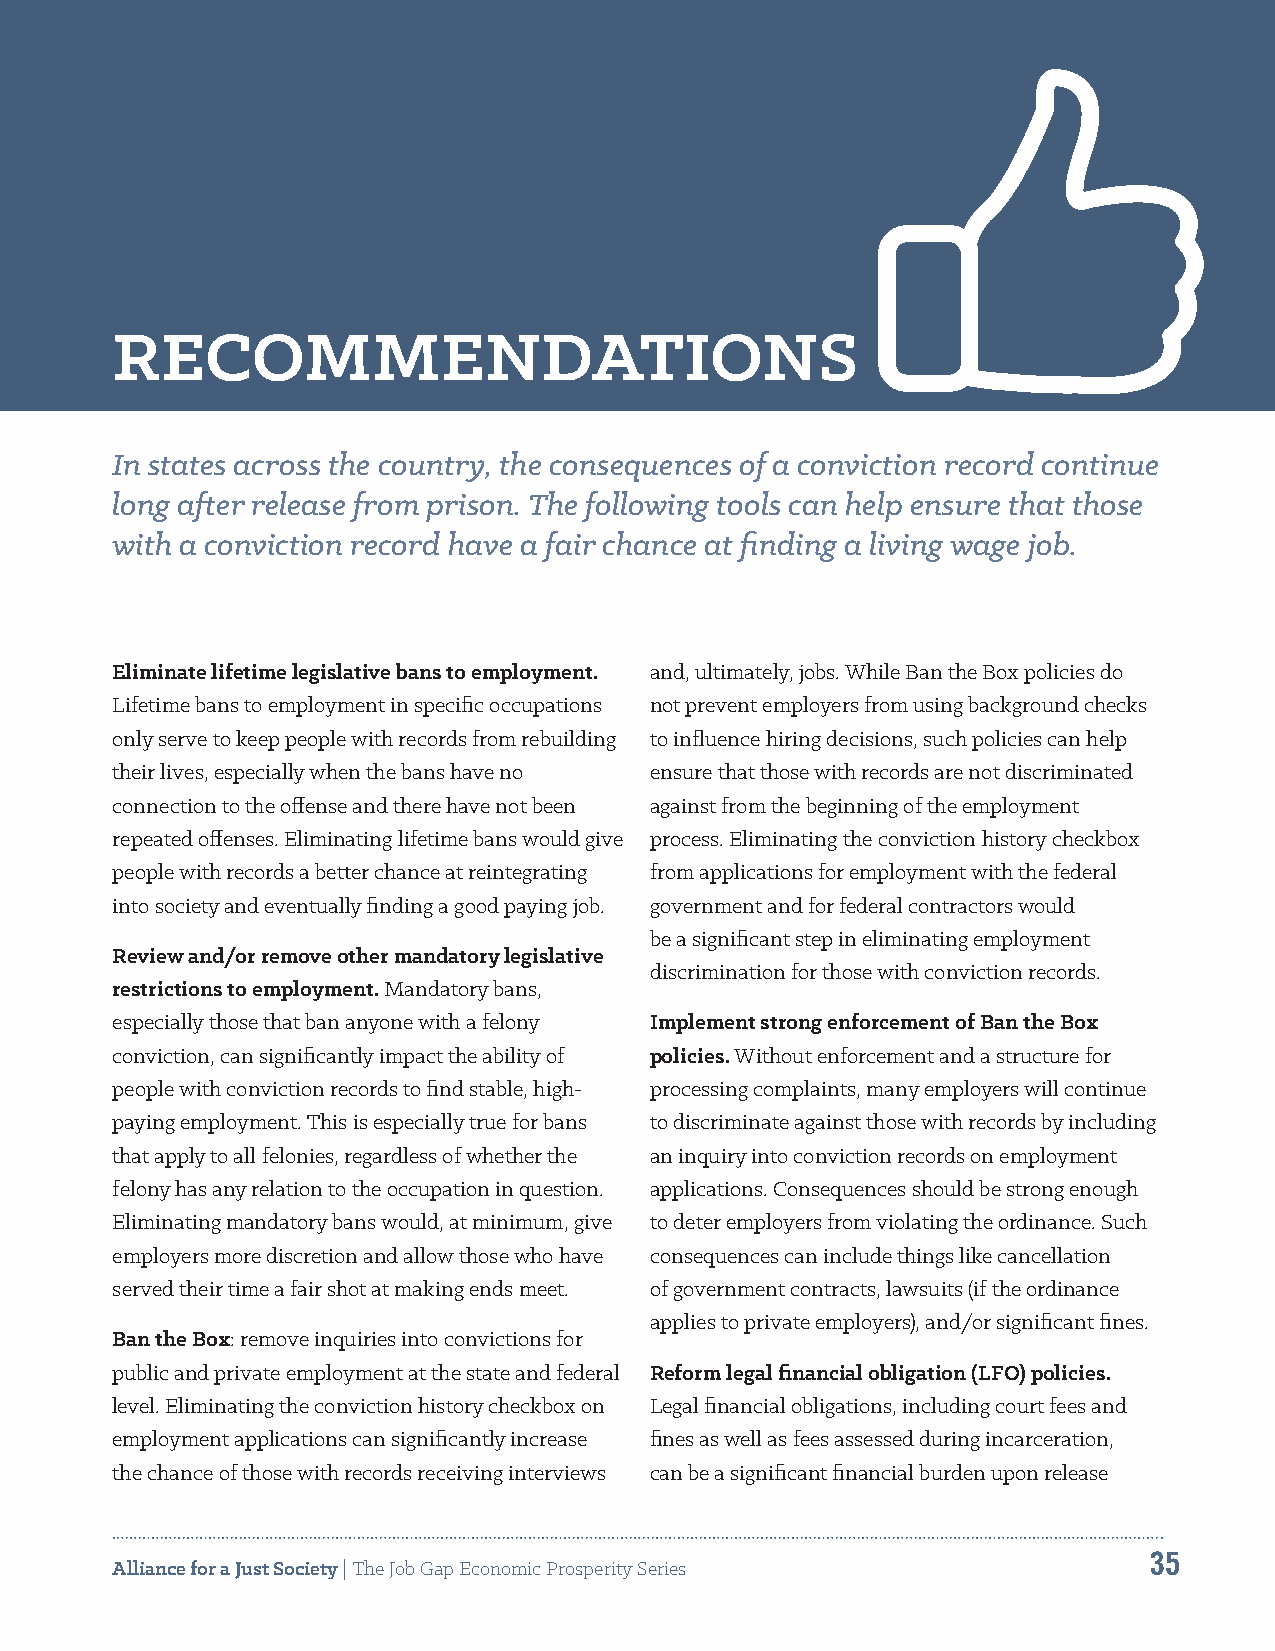
RECOMMENDATIONS
 In states across the country, the consequences of a conviction record continue
 long after release from prison. The following tools can help ensure that those
 with a conviction record have a fair chance at finding a living wage job.
 Eliminate lifetime legislative bans to employment. and, ultimately, jobs. While Ban the Box policies do
 Lifetime bans to employment in specific occupations not prevent employers from using background checks
 only serve to keep people with records from rebuilding to influence hiring decisions, such policies can help
 their lives, especially when the bans have no ensure that those with records are not discriminated
 connection to the offense and there have not been against from the beginning of the employment
 repeated offenses. Eliminating lifetime bans would give process. Eliminating the conviction history checkbox
 people with records a better chance at reintegrating from applications for employment with the federal
 into society and eventually finding a good paying job. government and for federal contractors would
 be a significant step in eliminating employment
 Review and/or remove other mandatory legislative
 discrimination for those with conviction records.
 restrictions to employment. Mandatory bans,
 especially those that ban anyone with a felony Implement strong enforcement of Ban the Box
 conviction, can significantly impact the ability of policies. Without enforcement and a structure for
 people with conviction records to find stable, high- processing complaints, many employers will continue
 paying employment. This is especially true for bans to discriminate against those with records by including
 that apply to all felonies, regardless of whether the an inquiry into conviction records on employment
 felony has any relation to the occupation in question. applications. Consequences should be strong enough
 Eliminating mandatory bans would, at minimum, give to deter employers from violating the ordinance. Such
 employers more discretion and allow those who have consequences can include things like cancellation
 served their time a fair shot at making ends meet. of government contracts, lawsuits (if the ordinance
 applies to private employers), and/or significant fines.
 Ban the Box: remove inquiries into convictions for
 public and private employment at the state and federal Reform legal financial obligation (LFO) policies.
 level. Eliminating the conviction history checkbox on Legal financial obligations, including court fees and
 employment applications can significantly increase fines as well as fees assessed during incarceration,
 the chance of those with records receiving interviews can be a significant financial burden upon release
 35
 Alliance for a Just Society | The Job Gap Economic Prosperity Series